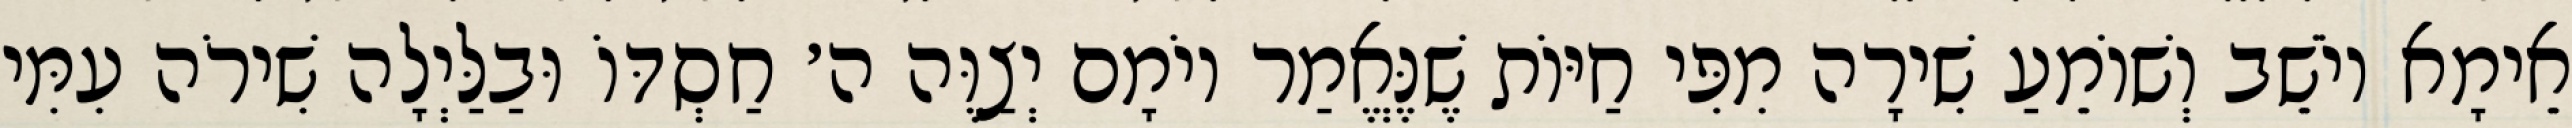
אֵימָא יוֹשֵׁב וְשׁוֹמֵעַ שִׁירָה מִפִּי חַיּוֹת שֶׁנֶּאֱמַר יוֹמָם יְצַוֶּה ה׳ חַסְדּוֹ וּבַלַּיְלָה שִׁירֹה עִמִּי